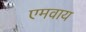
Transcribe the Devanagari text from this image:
एमवाय